Annual administration report of the Civil Veterinary Department of India - 1897-1898
Year: 1897
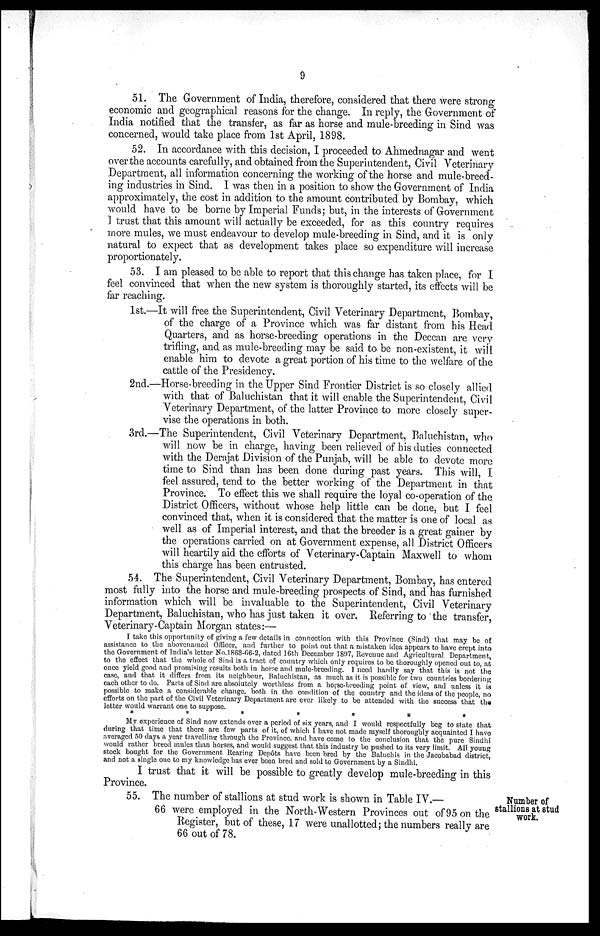
9
51. The Government of India, therefore, considered that there were strong-
economic and geographical reasons for the change. In reply, the Government of
India notified that the transfer, as far as horse and mule-breeding in Sind was
concerned, would take place from 1st April, 1898.
52. In accordance with this decision, I proceeded to Ahmednagar and went
over the accounts carefully, and obtained from the Superintendent, Civil Veterinary
Department, all information concerning the working of the horse and mule-breed-
ing industries in Sind. I was then in a position to show the Government of India
approximately, the cost in addition to the amount contributed by Bombay, which
would have to be borne by Imperial Funds; but, in the interests of Government
I trust that this amount will actually be exceeded, for as this country requires
more mules, we must endeavour to develop mule-breeding in Sind, and it is only
natural to expect that as development takes place so expenditure will increase
proportionately.
53. I am pleased to be able to report that this change has taken place, for I
feel convinced that when the new system is thoroughly started, its effects will be
far reaching.
1st.—It will free the Superintendent, Civil Veterinary Department, Bombay,
of the charge of a Province which was far distant from his Head
Quarters, and as horse-breeding operations in the Deccan are very
trifling, and as mule-breeding may be said to be non-existent, it will
enable him to devote a great portion of his time to the welfare of the
cattle of the Presidency.
2nd.—Horse-breeding in the Upper Sind Frontier District is so closely allied
with that of Baluchistan that it will enable the Superintendent, Civil
Veterinary Department, of the latter Province to more closely super-
vise the operations in both.
3rd.—The Superintendent, Civil Veterinary Department, Baluchistan, who
will now be in charge, having been relieved of his duties connected
with the Derajat Division of the Punjab, will be able to devote more
time to Sind than has been done during past years. This will, I
feel assured, tend to the better working of the Department in that
Province. To effect this we shall require the loyal co-operation of the
District Officers, without whose help little can be done, but I feel
convinced that, when it is considered that the matter is one of local as
well as of Imperial interest, and that the breeder is a great gainer by
the operations carried on at Government expense, all District Officers
will heartily aid the efforts of Veterinary-Captain Maxwell to whom
this charge has been entrusted.
54. The Superintendent, Civil Veterinary Department, Bombay, has entered
most fully into the horse and mule-breeding prospects of Sind, and has furnished
information which will be invaluable to the Superintendent, Civil Veterinary
Department, Baluchistan, who has just taken it over. Referring to the transfer,
Veterinary-Captain Morgan states:—
I take this opportunity of giving a few details in connection with this Province (Sind) that may be of
assistance to the abovenamed Officer, and further to point out that a mistaken idea appears to have crept into
the Government of India's letter No.l868-66-2, dated 16th December 1897, Revenue and Agricultural Department,
to the effect that the whole of Sind is a tract of country which only requires to be thoroughly opened out to, at
once yield good and promising results both in horse and mule-breeding. I need hardly say that this is not the
case, and that it differs from its neighbour, Baluchistan, as much as it is possible for two countries bordering
each other to do. Parts of Sind are absolutely worthless from a horse-breeding point of view, and unless it is
possible to make a considerable change, both in the condition of the country and the ideas of the people, no
efforts on the part of the Civil Veterinary Department are ever likely to be attended with the success that the
letter would warrant one to suppose.
*******
My experience of Sind now extends over a period of six years, and I would respectfully beg to state that
during that time that there are few parts of it, of which I have not made myself thoroughly acquainted I have
averaged 50 days a year travelling through the Province, and have come to the conclusion that the pure Sindhi
would rather breed mules than horses, and would suggest that this industry be pushed to its very limit. All young
stock bought for the Government Rearing Depôts have been bred by the Baluchi's in the Jacobabad district,
and not a single one to my knowledge has ever been bred and sold to Government by a Sindhi.
I trust that it will be possible to greatly develop mule-breeding in this
Province.
Number of
stallions at stud
work.
55. The number of stallions at stud work is shown in Table IV.—
66 were employed in the North-Western Provinces out of 95 on the
Register, but of these, 17 were unallotted; the numbers really are
66 out of 78.